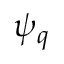
\psi _ { q }